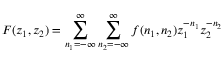
F ( z _ { 1 } , z _ { 2 } ) = \sum _ { n _ { 1 } = - \infty } ^ { \infty } \sum _ { n _ { 2 } = - \infty } ^ { \infty } f ( n _ { 1 } , n _ { 2 } ) z _ { 1 } ^ { - n _ { 1 } } z _ { 2 } ^ { - n _ { 2 } }